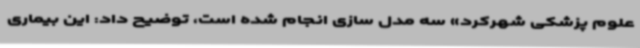
علوم پزشکی شهرکرد» سه مدل سازی انجام شده است، توضیح داد: این بیماری